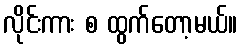
လိုင်းကား စ ထွက်တော့မယ်။